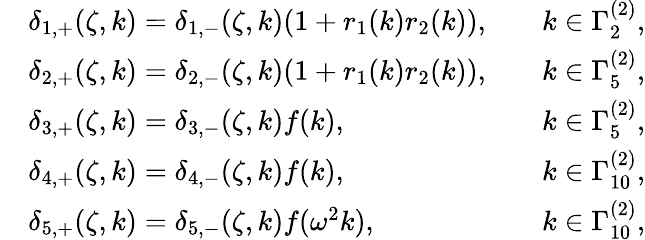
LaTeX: \begin{array}{rlrl}&{\delta_{1,+}(\zeta,k)=\delta_{1,-}(\zeta,k)(1+r_{1}(k)r_{2}(k)),}&&{k\in\Gamma_{2}^{(2)},}\\ &{\delta_{2,+}(\zeta,k)=\delta_{2,-}(\zeta,k)(1+r_{1}(k)r_{2}(k)),}&&{k\in\Gamma_{5}^{(2)},}\\ &{\delta_{3,+}(\zeta,k)=\delta_{3,-}(\zeta,k)f(k),}&&{k\in\Gamma_{5}^{(2)},}\\ &{\delta_{4,+}(\zeta,k)=\delta_{4,-}(\zeta,k)f(k),}&&{k\in\Gamma_{10}^{(2)},}\\ &{\delta_{5,+}(\zeta,k)=\delta_{5,-}(\zeta,k)f(\omega^{2}k),}&&{k\in\Gamma_{10}^{(2)},}\end{array}